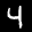
Label: 4